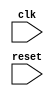
module myModule (
    input wire clk,
    input wire reset
    // other input/output ports here
);

// define internal state variables or registers here

always @(negedge clk) begin
    if (reset) begin
        // perform reset operation
    end else begin
        // update internal state or perform specified operations
    end
end

// other code here

endmodule